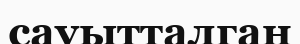
сауытталган